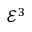
{ \mathcal { E } } ^ { 3 }